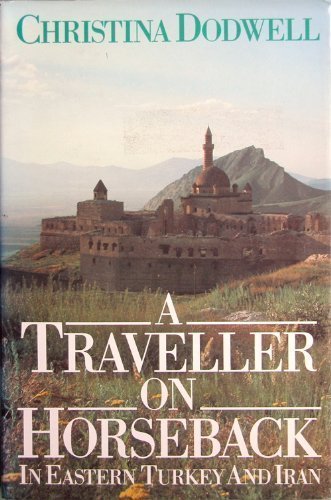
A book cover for A Traveller on Horseback: In Eastern Turkey and Iran; Christina Dodwell; Travel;